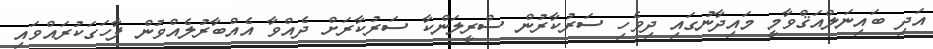
އަދި ބައިނަލްއަޤްވާމީ މައިދާނުގައި ދިވެހި ސަރުކާރުން ސްރީލަންކާ ސަރުކާރަށް ދެއްވާ އެއްބާރުލެއްވުން ފާހަގަކުރައްވައި